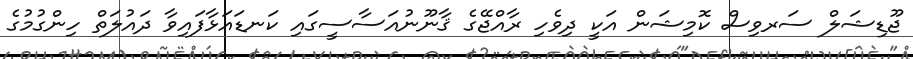
ޖޫޑިޝަލް ސަރވިސް ކޮމިޝަން އަކީ ދިވެހި ރާއްޖޭގެ ޤާނޫނުއަސާސީގައި ކަނޑައަޅާފައިވާ ދައުލަތް ހިންގުމުގެ